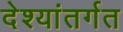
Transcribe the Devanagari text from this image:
देश्यांतर्गत